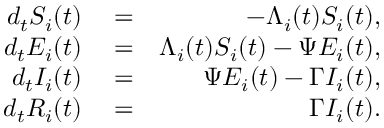
\begin{array} { r l r } { d _ { t } S _ { i } ( t ) } & { { } = } & { - \Lambda _ { i } ( t ) S _ { i } ( t ) , } \\ { d _ { t } E _ { i } ( t ) } & { { } = } & { \Lambda _ { i } ( t ) S _ { i } ( t ) - \Psi E _ { i } ( t ) , } \\ { d _ { t } I _ { i } ( t ) } & { { } = } & { \Psi E _ { i } ( t ) - \Gamma I _ { i } ( t ) , } \\ { d _ { t } R _ { i } ( t ) } & { { } = } & { \Gamma I _ { i } ( t ) . } \end{array}